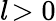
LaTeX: l\! >0